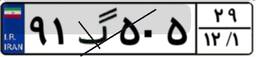
۹۱گ۵۰۵۲۹